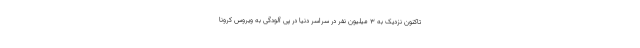
تاکنون نزدیک به ۳ میلیون نفر در سراسر دنیا در پی آلودگی به ویروس کرونا